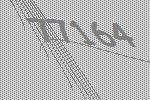
77164